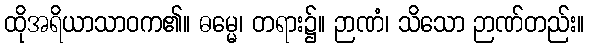
ထိုအရိယာသာဝက၏။ ဓမ္မေ၊ တရား၌။ ဉာဏံ၊ သိသော ဉာဏ်တည်း။